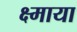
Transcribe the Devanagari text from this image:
क्ष्माया